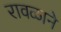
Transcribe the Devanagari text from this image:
रावळाने